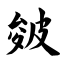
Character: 皴